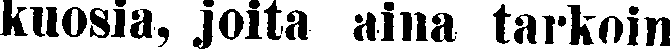
kuosia, joita aina tarkoin